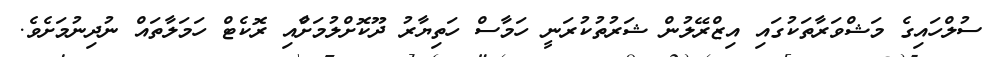
ސުލްހައިގެ މަޝްވަރާތަކުގައި އިޒްރޭލުން ޝަރުތުކުރަނީ ހަމާސް ހަތިޔާރު ދޫކޮށްލުމަށާްއި ރޮކެޓް ހަމަލާތައް ނުދިނުމަށެވެ.